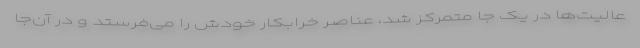
عالیت‌ها در یک جا متمرکز شد، عناصر خرابکار خودش را می‌فرستد و در آن‌جا